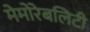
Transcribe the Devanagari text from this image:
मेमोरेबलिटी